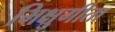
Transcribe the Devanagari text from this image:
भिक्षुगीता